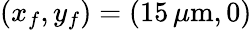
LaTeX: (x_{f},y_{f})=(15\, \mu\mathrm{m},0)